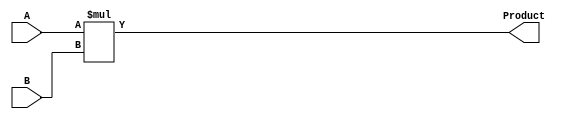
module Multiplier(
    	input [3:0] A,
    	input [3:0] B,
    	output reg [7:0] Product
);

    	always @* begin
        	Product = A * B;  // Perform multiplication operation
    	end

endmodule